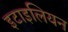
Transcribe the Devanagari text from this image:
इटाइलियन